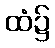
ထံ၌